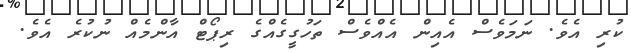
ކުރި އެވެ. ނަމަވެސް އެއިން އެއްވެސް ތަހުގީގެއްގެ ރިޕޯޓް އާންމެއް ނުކުރެ އެވެ.